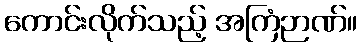
ကောင်းလိုက်သည့် အကြံဉာဏ်။